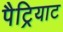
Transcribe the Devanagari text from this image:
पैट्रियाट